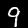
Label: 9